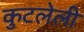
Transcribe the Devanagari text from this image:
कुटलेली